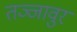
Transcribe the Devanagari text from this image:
तञ्जावुर